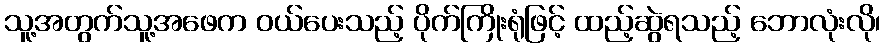
သူ့အတွက်သူ့အဖေက ဝယ်ပေးသည့် ပိုက်ကြိုးရုံဖြင့် ထည့်ဆွဲရသည့် ဘောလုံးလို၊